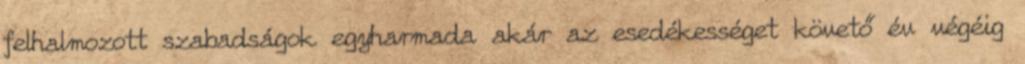
felhalmozott szabadságok egyharmada akár az esedékességet követő év végéig